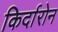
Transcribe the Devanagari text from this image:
किर्दारोन